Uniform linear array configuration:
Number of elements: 48
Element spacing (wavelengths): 1
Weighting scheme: cosine
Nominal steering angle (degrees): -45
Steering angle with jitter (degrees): -44.66
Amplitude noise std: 0.05
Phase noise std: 0.05

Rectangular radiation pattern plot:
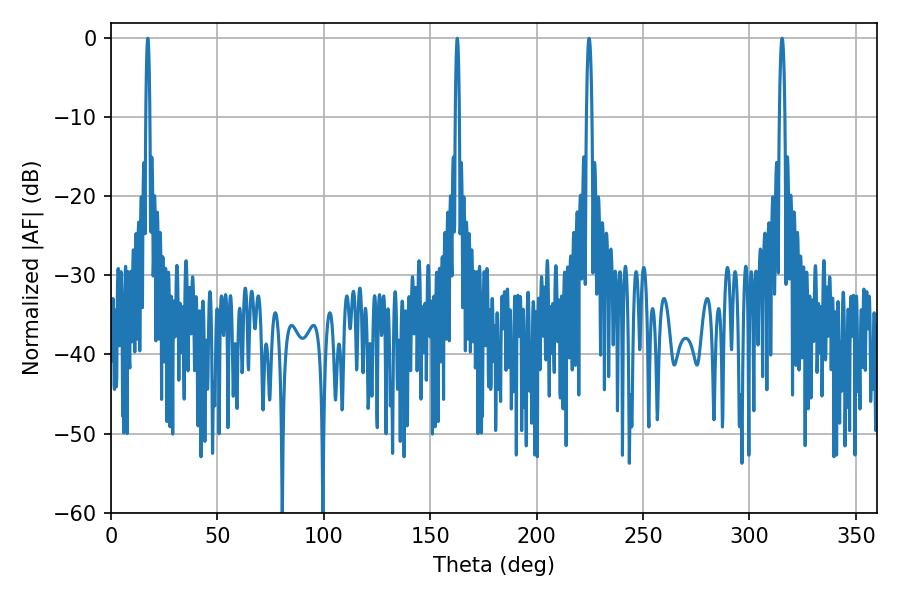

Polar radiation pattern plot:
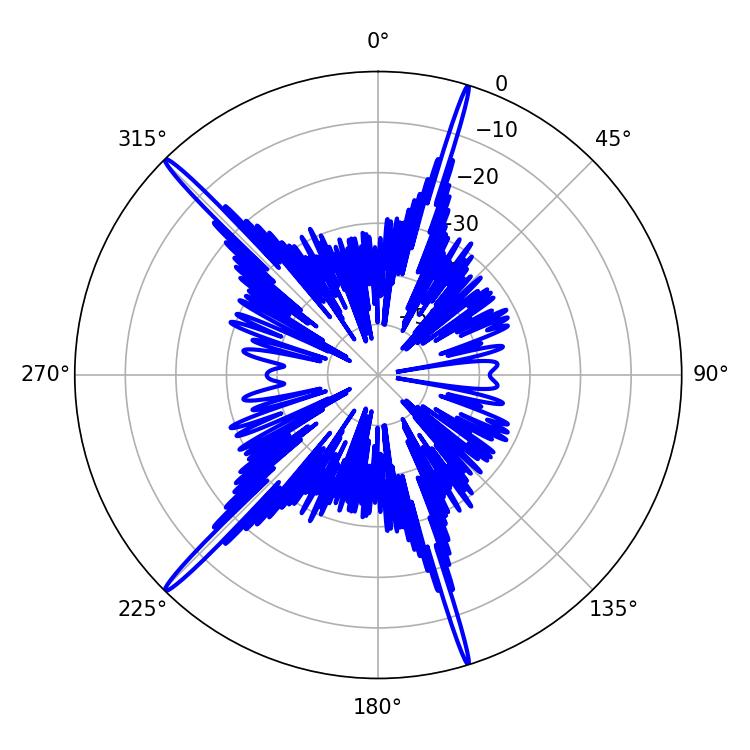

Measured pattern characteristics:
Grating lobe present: TRUE
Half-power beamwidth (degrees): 1.08
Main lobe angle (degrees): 17.28